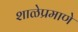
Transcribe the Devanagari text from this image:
शाळेप्रमाणे